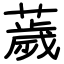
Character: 薉